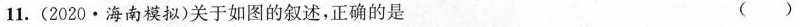
11.(2020.海南模拟)关于如图的叙述，正确的是 ()